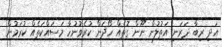
އަދި ރިބާ ދަރަނި އަތުލުން ނޫން ގޮތެއް ހޯދަން ކުރެވުނުހާ މަސައްކަތެއް ކުރަމުން